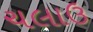
ચલાઉ